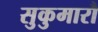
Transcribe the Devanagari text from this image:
सुकुमारौ